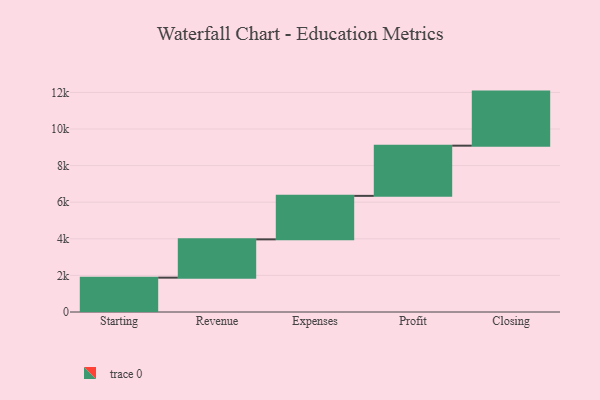
{"axis": {"x": "Step", "y": "Value"}, "legend": [""], "data": [{"x": "Starting", "y": 1877.0, "type": ""}, {"x": "Revenue", "y": 2093.0, "type": ""}, {"x": "Expenses", "y": 2377.0, "type": ""}, {"x": "Profit", "y": 2743.0, "type": ""}, {"x": "Closing", "y": 2955.0, "type": ""}]}